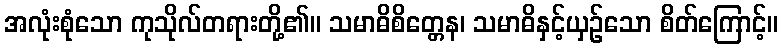
အလုံးစုံသော ကုသိုလ်တရားတို့၏။ သမာဓိစိတ္တေန၊ သမာဓိနှင့်ယှဉ်သော စိတ်ကြောင့်။